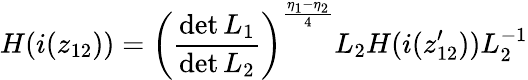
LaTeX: H(i(z_{12}))=\left(\frac{\operatorname*{det}L_{1}}{\operatorname*{det}L_{2}}\right)^{\frac{\eta_{1}-\eta_{2}}{4}}L_{2}H(i(z_{12}^{\prime}))L_{2}^{-1}